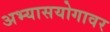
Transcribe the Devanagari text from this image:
अभ्यासयोगावर